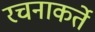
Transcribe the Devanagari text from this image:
रचनाकर्ते